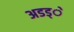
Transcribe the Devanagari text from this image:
अडड्े